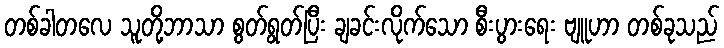
တစ်ခါတလေ သူတို့ဘာသာ စွတ်ရွတ်ပြီး ချခင်းလိုက်သော စီးပွားရေး ဗျူဟာ တစ်ခုသည်